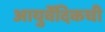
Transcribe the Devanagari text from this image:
आयुर्वेदिकची